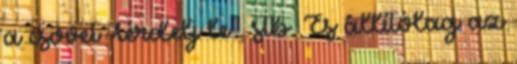
a csövet Térdelj le . stb. És állítólag az